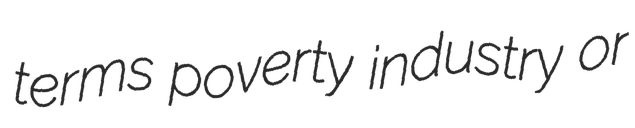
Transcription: terms poverty industry or